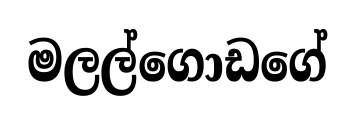
මලල්ගොඩගේ